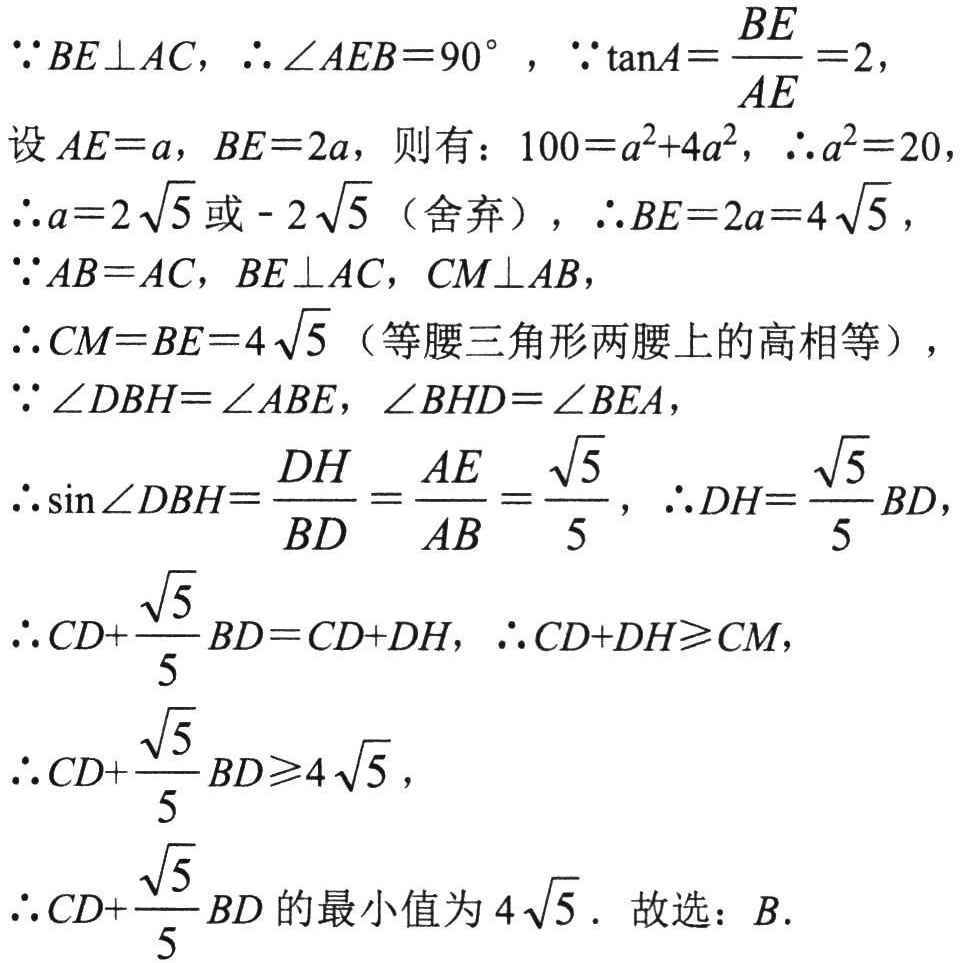
\(\because BE\perp AC,\therefore\angle AEB = 90^{\circ},\because\tan A=\frac{BE}{AE}=2,\)
设\(AE = a,BE = 2a\)，则有：\(100=a^{2}+4a^{2},\therefore a^{2}=20,\)
\(\therefore a = 2\sqrt{5}\)或\(-2\sqrt{5}\)（舍弃），\(\therefore BE = 2a = 4\sqrt{5},\)
\(\because AB = AC,BE\perp AC,CM\perp AB,\)
\(\therefore CM = BE = 4\sqrt{5}\)（等腰三角形两腰上的高相等），
\(\because\angle DBH=\angle ABE,\angle BHD=\angle BEA,\)
\(\therefore\sin\angle DBH=\frac{DH}{BD}=\frac{AE}{AB}=\frac{\sqrt{5}}{5},\therefore DH=\frac{\sqrt{5}}{5}BD,\)
\(\therefore CD+\frac{\sqrt{5}}{5}BD = CD + DH,\therefore CD + DH\geqslant CM,\)
\(\therefore CD+\frac{\sqrt{5}}{5}BD\geqslant4\sqrt{5},\)
\(\therefore CD+\frac{\sqrt{5}}{5}BD\)的最小值为\(4\sqrt{5}\). 故选：\(B\).